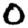
Digit: 0